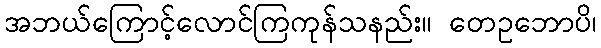
အဘယ်ကြောင့်လောင်ကြကုန်သနည်း။ တေဥဘောပိ၊